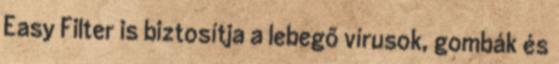
Easy Filter is biztosítja a lebegő vírusok, gombák és